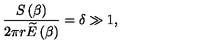
\frac { S \left( \beta \right) } { 2 \pi r \widetilde { E } \left( \beta \right) } = \delta \gg 1 ,